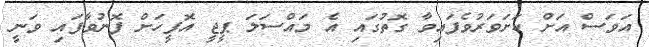
އަވަސް އަށް ކަށަވަރުވެފައިވާ ގޮތުގައި އެ މައްސަލަ ޕީޖީ އޮފީހަށް ފޮނުވާފައި ވަނީ